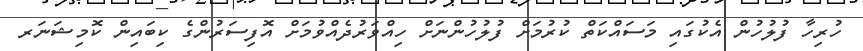
ހުރިހާ ފުލުހުން އެކުގައި މަސައްކަތް ކުރުމަށް ފުލުހުންނަށް ހިއްވަރުދެއްވުމަށް އޮފިސަރުންގެ ކިބައިން ކޮމިޝަނަރ